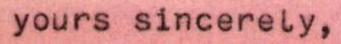
yours sincerely,